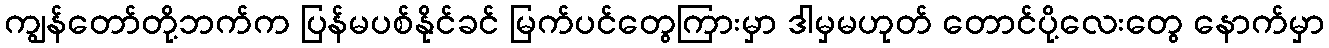
ကျွန်တော်တို့ဘက်က ပြန်မပစ်နိုင်ခင် မြက်ပင်တွေကြားမှာ ဒါမှမဟုတ် တောင်ပို့လေးတွေ နောက်မှာ